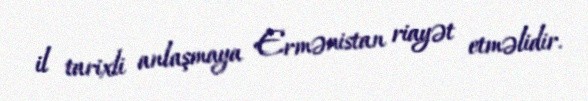
il tarixli anlaşmaya Ermənistan riayət etməlidir.